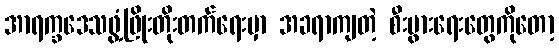
အာရက္ခဒေသဖွံ့ဖြိုးတိုးတက်ရေးမှာ အခရာကျတဲ့ စီးပွားရေးတွေကိုတော့